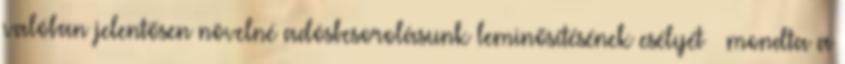
valóban jelentősen növelné adósbesorolásunk leminősítésének esélyét – mondta a